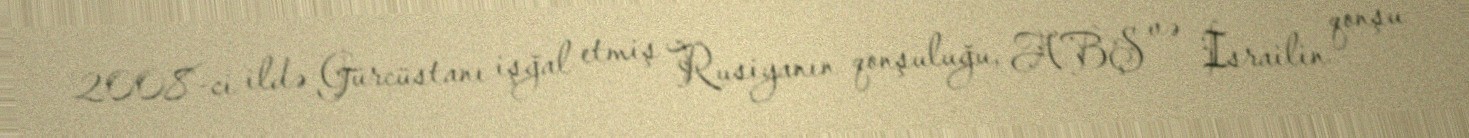
2008-ci ildə Gürcüstanı işğal etmiş Rusiyanın qonşuluğu, ABŞ və İsrailin qonşu